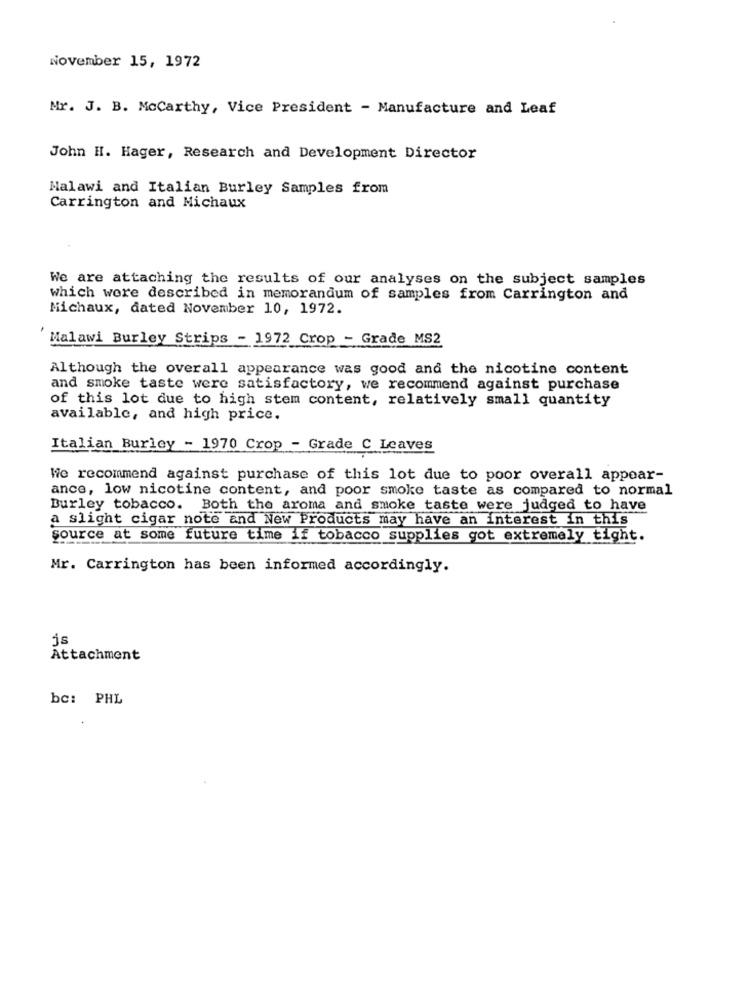
November 15, 1972
Mr. J. B. MoCarthy, Vice President - Manufacture and Leaf
John H. Hager, Research and Development Director
Malawi and Italian Burley Samples from
Carrington and Michaux
We are attaching the results of our analyses on the subject samples
which were described in memorandum of samples from Carrington and
Michaux, dated November 10, 1972.
Malawi Burley Strips - 1972 Crop - Grade MS2
Although the overall appearance was good and the nicotine content
and smoke taste were satisfactory, we recommend against purchase
of this lot due to high stem content, relatively small quantity
available, and high price.
Italian Burley - 1970 Crop - Grade C Leaves
We recommend against purchase of this lot due to poor overall appear-
ance, low nicotine content, and poor smoke taste as compared to normal
Burley tobacco. Both the aroma and smoke taste were judged to have
a slight cigar note and New Products may have an interest in this
source at some future time if tobacco supplies got extremely tight.
Mr. Carrington has been informed accordingly.
js
Attachment
bc: PHL